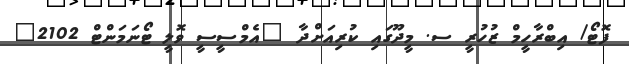
ފޮޓޯ/ އިބްރާހީމް ޒުހުރީ ސ. މީދޫގައި ކުރިއަށްދާ "އެމްސީސީ ވޮލީ ޓޯނަމަންޓް 2102"